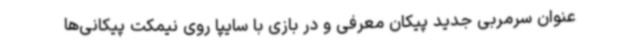
عنوان سرمربی جدید پیکان معرفی و در بازی با سایپا روی نیمکت پیکانی‌ها